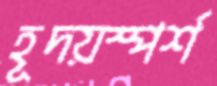
হূদয়স্পর্শ